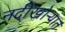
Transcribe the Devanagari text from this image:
नदीखोऱ्यात